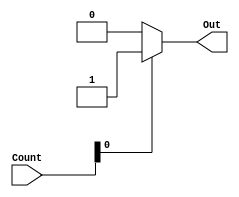
module Odd_Checker(
    input [2:0] Count,
    output reg Out);

 always@(*)
 begin
  if(Count[0]) Out = 1'b1;
  else Out = 1'b0; 
 end
endmodule